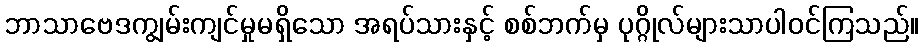
ဘာသာဗေဒကျွမ်းကျင်မှုမရှိသော အရပ်သားနှင့် စစ်ဘက်မှ ပုဂ္ဂိုလ်များသာပါဝင်ကြသည်။